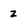
Character: z